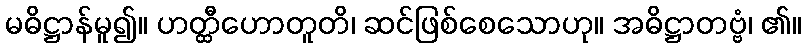
မဓိဋ္ဌာန်မူ၍။ ဟတ္ထီဟောတူတိ၊ ဆင်ဖြစ်စေသောဟု။ အဓိဋ္ဌာတဗ္ဗံ၊ ၏။